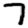
Digit: 7